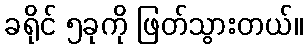
ခရိုင် ၅ခုကို ဖြတ်သွားတယ်။